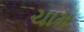
ચામ